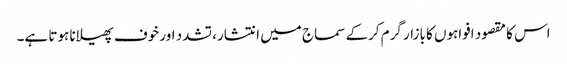
اس کا مقصود افواہوں کا بازار گرم کرکے سماج میں انتشار، تشدد اور خوف پھیلانا ہوتا ہے۔